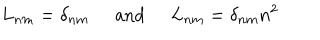
L _ { n m } = \delta _ { n m } \; \; \mathrm { a n d } \; \; L _ { n m } = \delta _ { n m } n ^ { 2 }